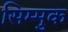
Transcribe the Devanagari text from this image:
सिम्मुक